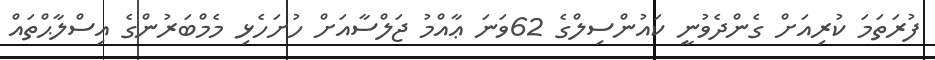
ފުރަތަމަ ކުރިއަށް ގެންދެވުނީ ކައުންސިލްގެ 62ވަނަ ޢާއްމު ޖަލްސާއަށް ހުށަހެޅި މެމްބަރުންގެ އިސްލާޙްތައް